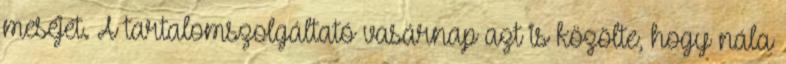
meséjét. A tartalomszolgáltató vasárnap azt is közölte, hogy nála